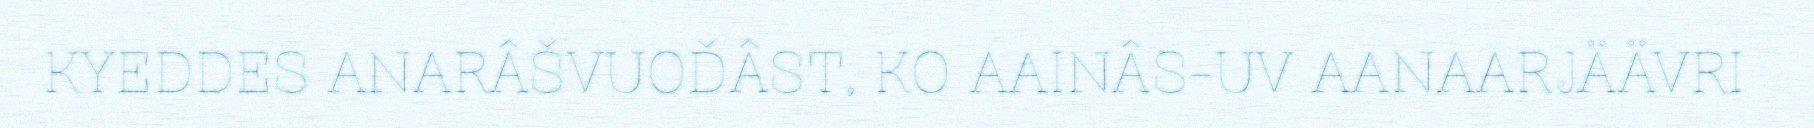
KYEDDES ANARÂŠVUOĐÂST, KO AAINÂS-UV AANAARJÄÄVRI